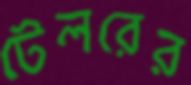
টেলরের